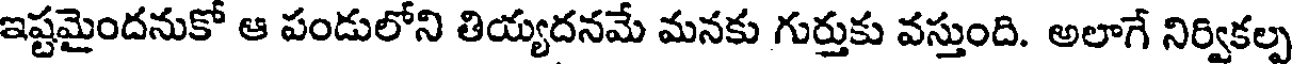
ఇష్టమైందనుకో ఆ పండులోని తియ్యదనమే మనకు గుర్తుకు వస్తుంది. అలాగే నిర్వికల్ప